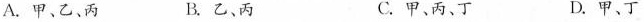
A.甲、乙、丙 B.乙、丙 C.甲、丙、丁 D.甲、丁